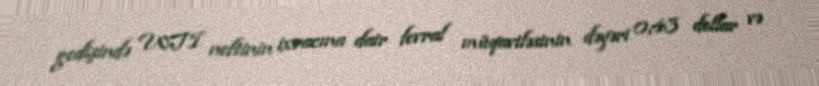
gedişində WTI neftinin ixracına dair fevral müqaviləsinin dəyəri 0,43 dollar və